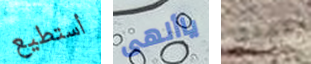
أستطيع ياألهى تهدئ